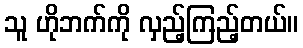
သူ ဟိုဘက်ကို လှည့်ကြည့်တယ်။